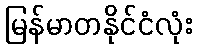
မြန်မာတနိုင်ငံလုံး